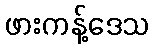
ဖားကန့်ဒေသ